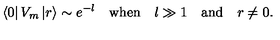
\left\langle 0 \right| V _ { m } \left| r \right\rangle \sim e ^ { - l } \quad \mathrm { w h e n } \quad l \gg 1 \quad \mathrm { a n d } \quad r \neq 0 .